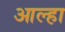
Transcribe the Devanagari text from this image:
आल्‍हा